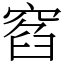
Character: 窞